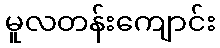
မူလတန်းကျောင်း